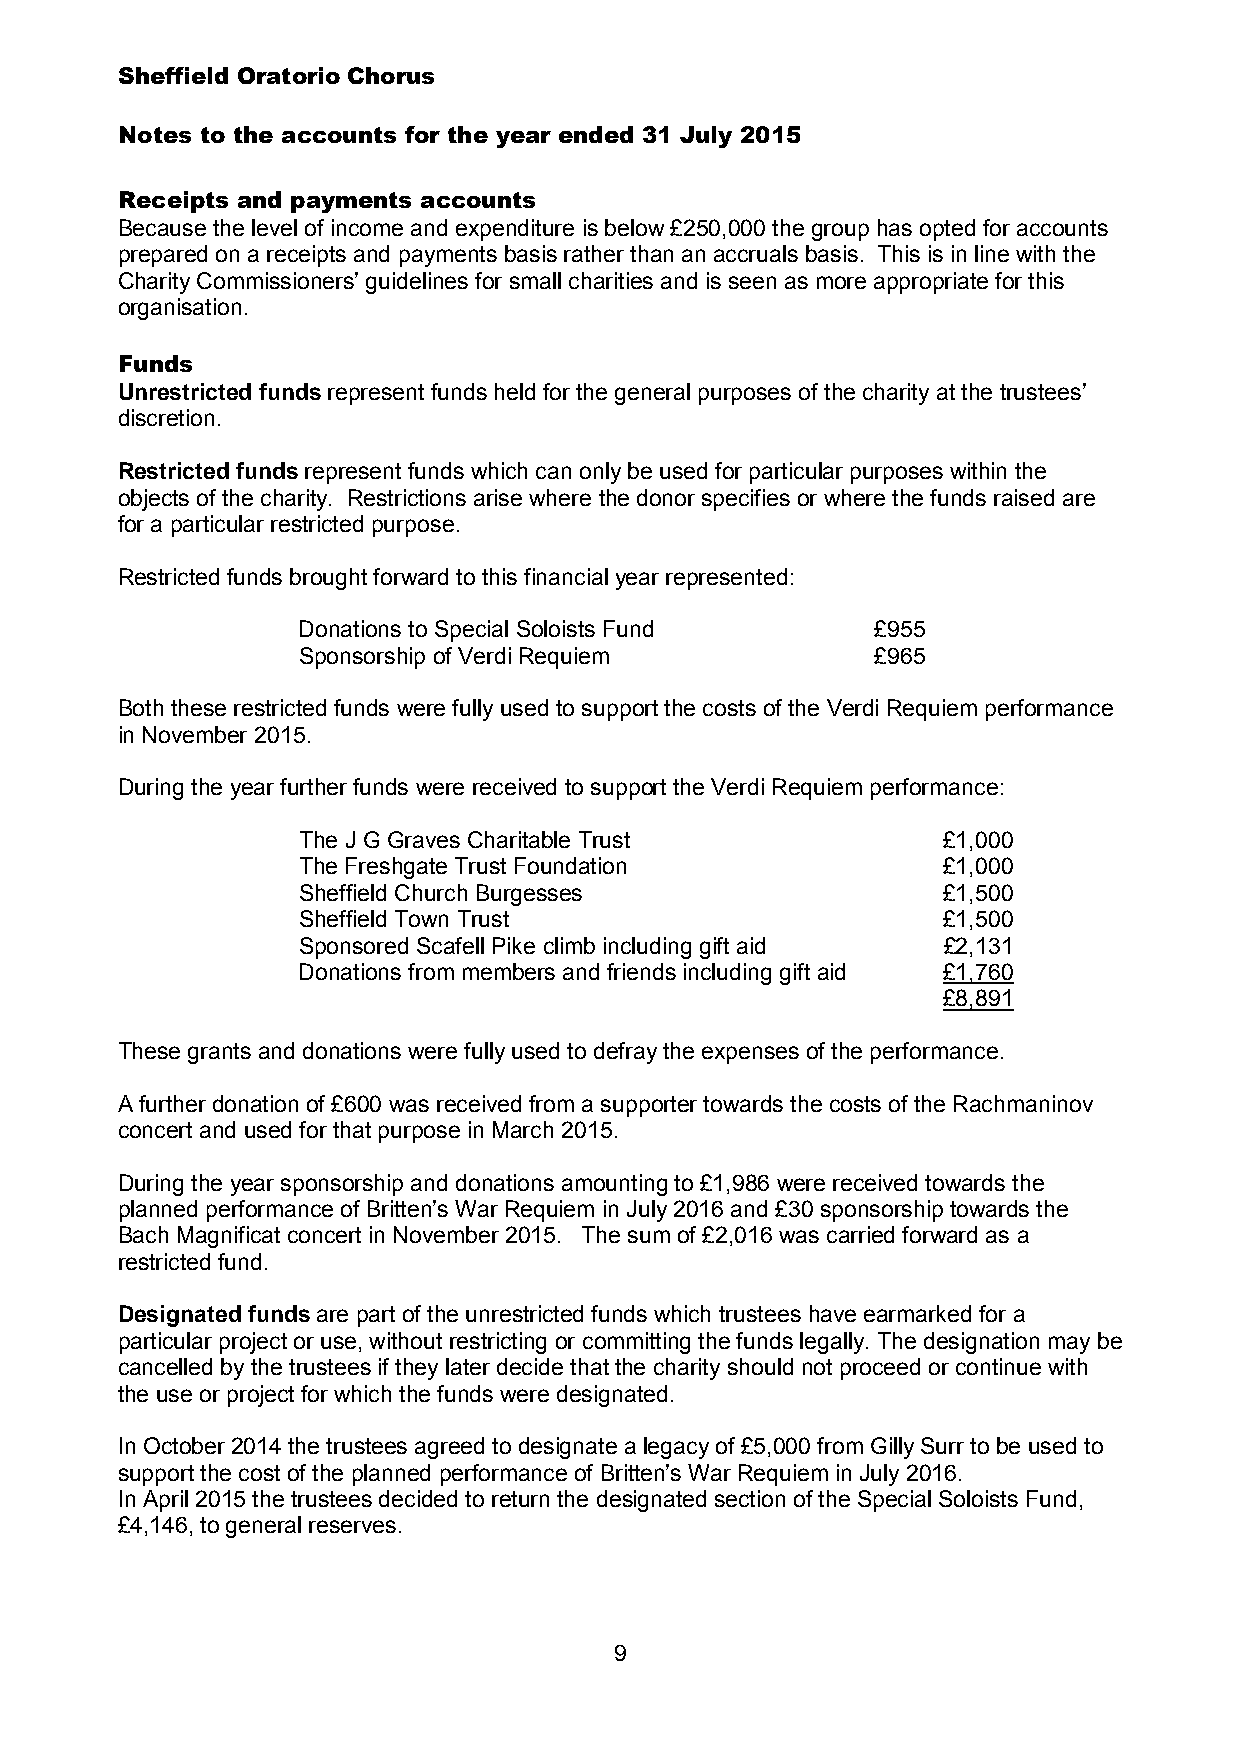
Sheffield Oratorio Chorus
 Notes to the accounts for the year ended 31 July 2015
 Receipts and payments accounts
 Because the level of income and expenditure is below £250,000 the group has opted for accounts
 prepared on a receipts and payments basis rather than an accruals basis. This is in line with the
 Charity Commissioners’ guidelines for small charities and is seen as more appropriate for this
 organisation.
 Funds
 Unrestricted funds represent funds held for the general purposes of the charity at the trustees’
 discretion.
 Restricted funds represent funds which can only be used for particular purposes within the
 objects of the charity. Restrictions arise where the donor specifies or where the funds raised are
 for a particular restricted purpose.
 Restricted funds brought forward to this financial year represented:
 Donations to Special Soloists Fund    £955
 Sponsorship of Verdi Requiem          £965
 Both these restricted funds were fully used to support the costs of the Verdi Requiem performance
 in November 2015.
 During the year further funds were received to support the Verdi Requiem performance:
 The J G Graves Charitable Trust           £1,000
 The Freshgate Trust Foundation            £1,000
 Sheffield Church Burgesses                £1,500
 Sheffield Town Trust                      £1,500
 Sponsored Scafell Pike climb including gift aid £2,131
 Donations from members and friends including gift aid £1,760
 £8,891
 These grants and donations were fully used to defray the expenses of the performance.
 A further donation of £600 was received from a supporter towards the costs of the Rachmaninov
 concert and used for that purpose in March 2015.
 During the year sponsorship and donations amounting to £1,986 were received towards the
 planned performance of Britten’s War Requiem in July 2016 and £30 sponsorship towards the
 Bach Magnificat concert in November 2015. The sum of £2,016 was carried forward as a
 restricted fund.
 Designated funds are part of the unrestricted funds which trustees have earmarked for a
 particular project or use, without restricting or committing the funds legally. The designation may be
 cancelled by the trustees if they later decide that the charity should not proceed or continue with
 the use or project for which the funds were designated.
 In October 2014 the trustees agreed to designate a legacy of £5,000 from Gilly Surr to be used to
 support the cost of the planned performance of Britten’s War Requiem in July 2016.
 In April 2015 the trustees decided to return the designated section of the Special Soloists Fund,
 £4,146, to general reserves.
 9